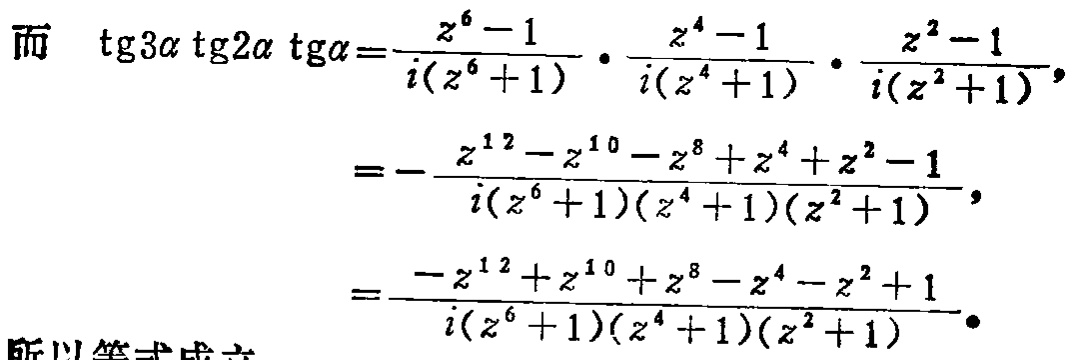
\[
\begin{align*}
\text{而}\ \tg3\alpha \tg2\alpha \tg\alpha&=\frac{z^{6} - 1}{i(z^{6}+1)}\cdot\frac{z^{4} - 1}{i(z^{4}+1)}\cdot\frac{z^{2} - 1}{i(z^{2}+1)},\\
&=-\frac{z^{12}-z^{10}-z^{8}+z^{4}+z^{2}-1}{i(z^{6}+1)(z^{4}+1)(z^{2}+1)},\\
&=\frac{-z^{12}+z^{10}+z^{8}-z^{4}-z^{2}+1}{i(z^{6}+1)(z^{4}+1)(z^{2}+1)}.
\end{align*}
\]
所以等式成立